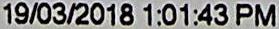
19/03/2018 1:01:43 PM